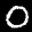
Label: 0